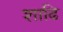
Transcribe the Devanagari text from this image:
शाढि